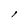
Character: l